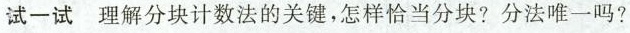
试一试理解分块计数法的关键，怎样恰当分块？分法唯一吗？